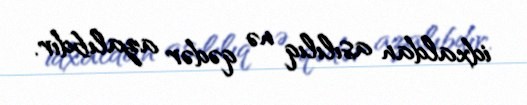
idxaldan asılılıq nə qədər azalıbdır.